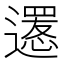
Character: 𨗫